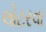
લોટરવા